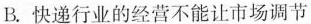
B.快递行业的经营不能让市场调节